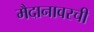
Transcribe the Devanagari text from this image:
मैदानावरची